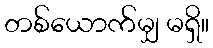
တစ်ယောက်မျှ မရှိ။